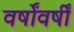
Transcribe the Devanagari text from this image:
वर्षोंवर्षीं